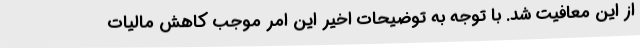
از این معافیت شد. با توجه به توضیحات اخیر این امر موجب کاهش مالیات